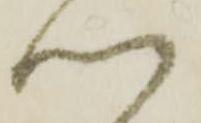
つ